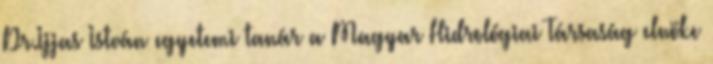
Dr.Ijjas István egyetemi tanár a Magyar Hidrológiai Társaság elnöke